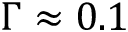
\Gamma \approx 0 . 1